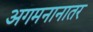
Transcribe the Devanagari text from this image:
अगमनानातर